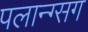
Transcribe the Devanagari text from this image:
पलान्ग्सग